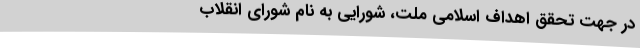
در جهت‌ تحقق‌ اهداف‌ اسلامی‌ ملت‌، شورایی‌ به‌ نام‌ شورای‌ انقلاب‌